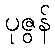
ပုဇွန်